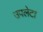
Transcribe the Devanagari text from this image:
उपलेटा